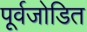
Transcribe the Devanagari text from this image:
पूर्वजोडित